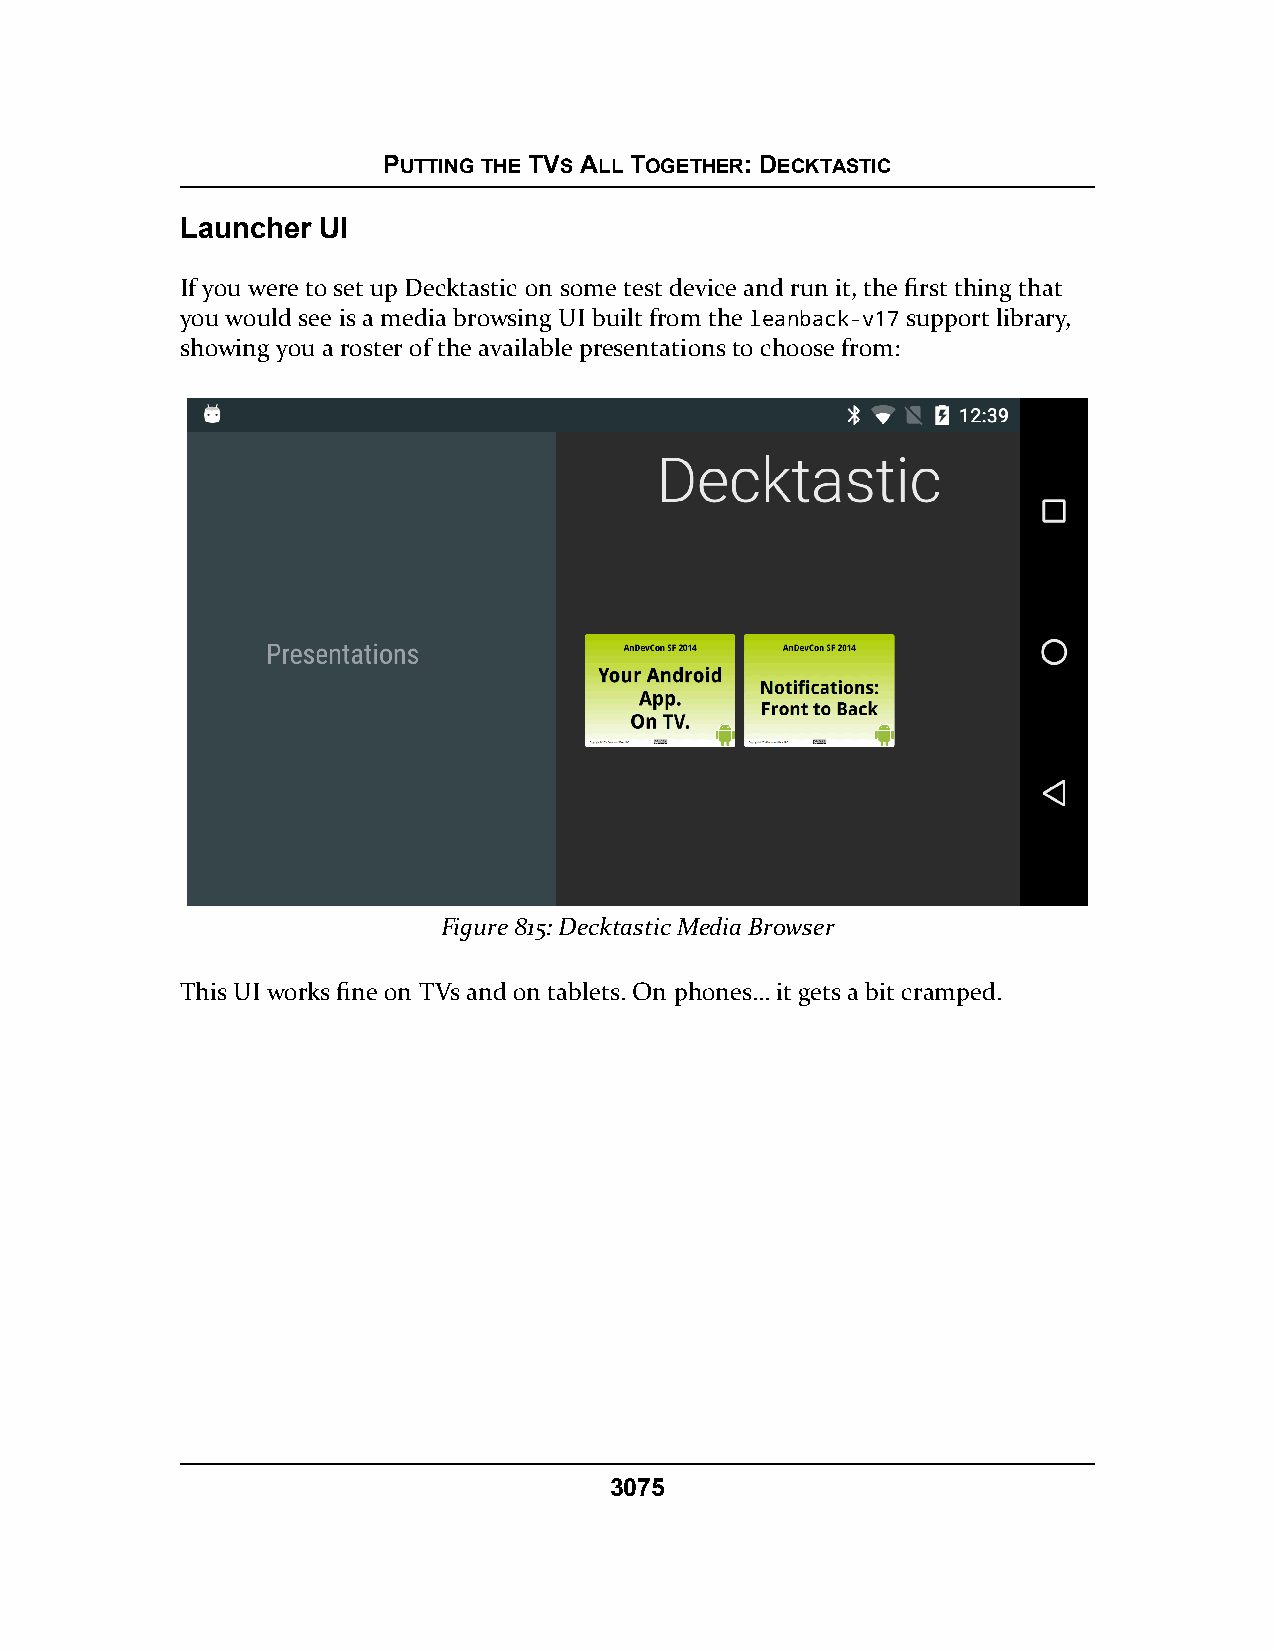
PUTTING THE TVS ALL TOGETHER: DECKTASTIC
 Launcher UI
 If you were to set up Decktastic on some test device and run it, the first thing that
 you would see is a media browsing UI built from the leanback-v17 support library,
 showing you a roster of the available presentations to choose from:
 Figure 815: Decktastic Media Browser
 This UI works fine on TVs and on tablets. On phones… it gets a bit cramped.
 3075